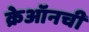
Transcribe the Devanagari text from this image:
क्रेऑनची